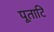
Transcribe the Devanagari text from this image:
पूताटि